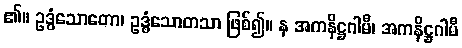
၏။ ဥဒ္ဓံသောတော၊ ဥဒ္ဓံသောတသာ ဖြစ်၍။ န အကနိဋ္ဌဂါမီ၊ အကနိဋ္ဌဂါမီ